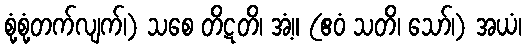
စုံ့စုံ့တက်လျက်၊) သစေ တိဋတိ၊ အံ့။ (ဧဝံ သတိ၊ သော်၊) အယံ၊